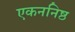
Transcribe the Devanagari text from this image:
एकननिष्ठ